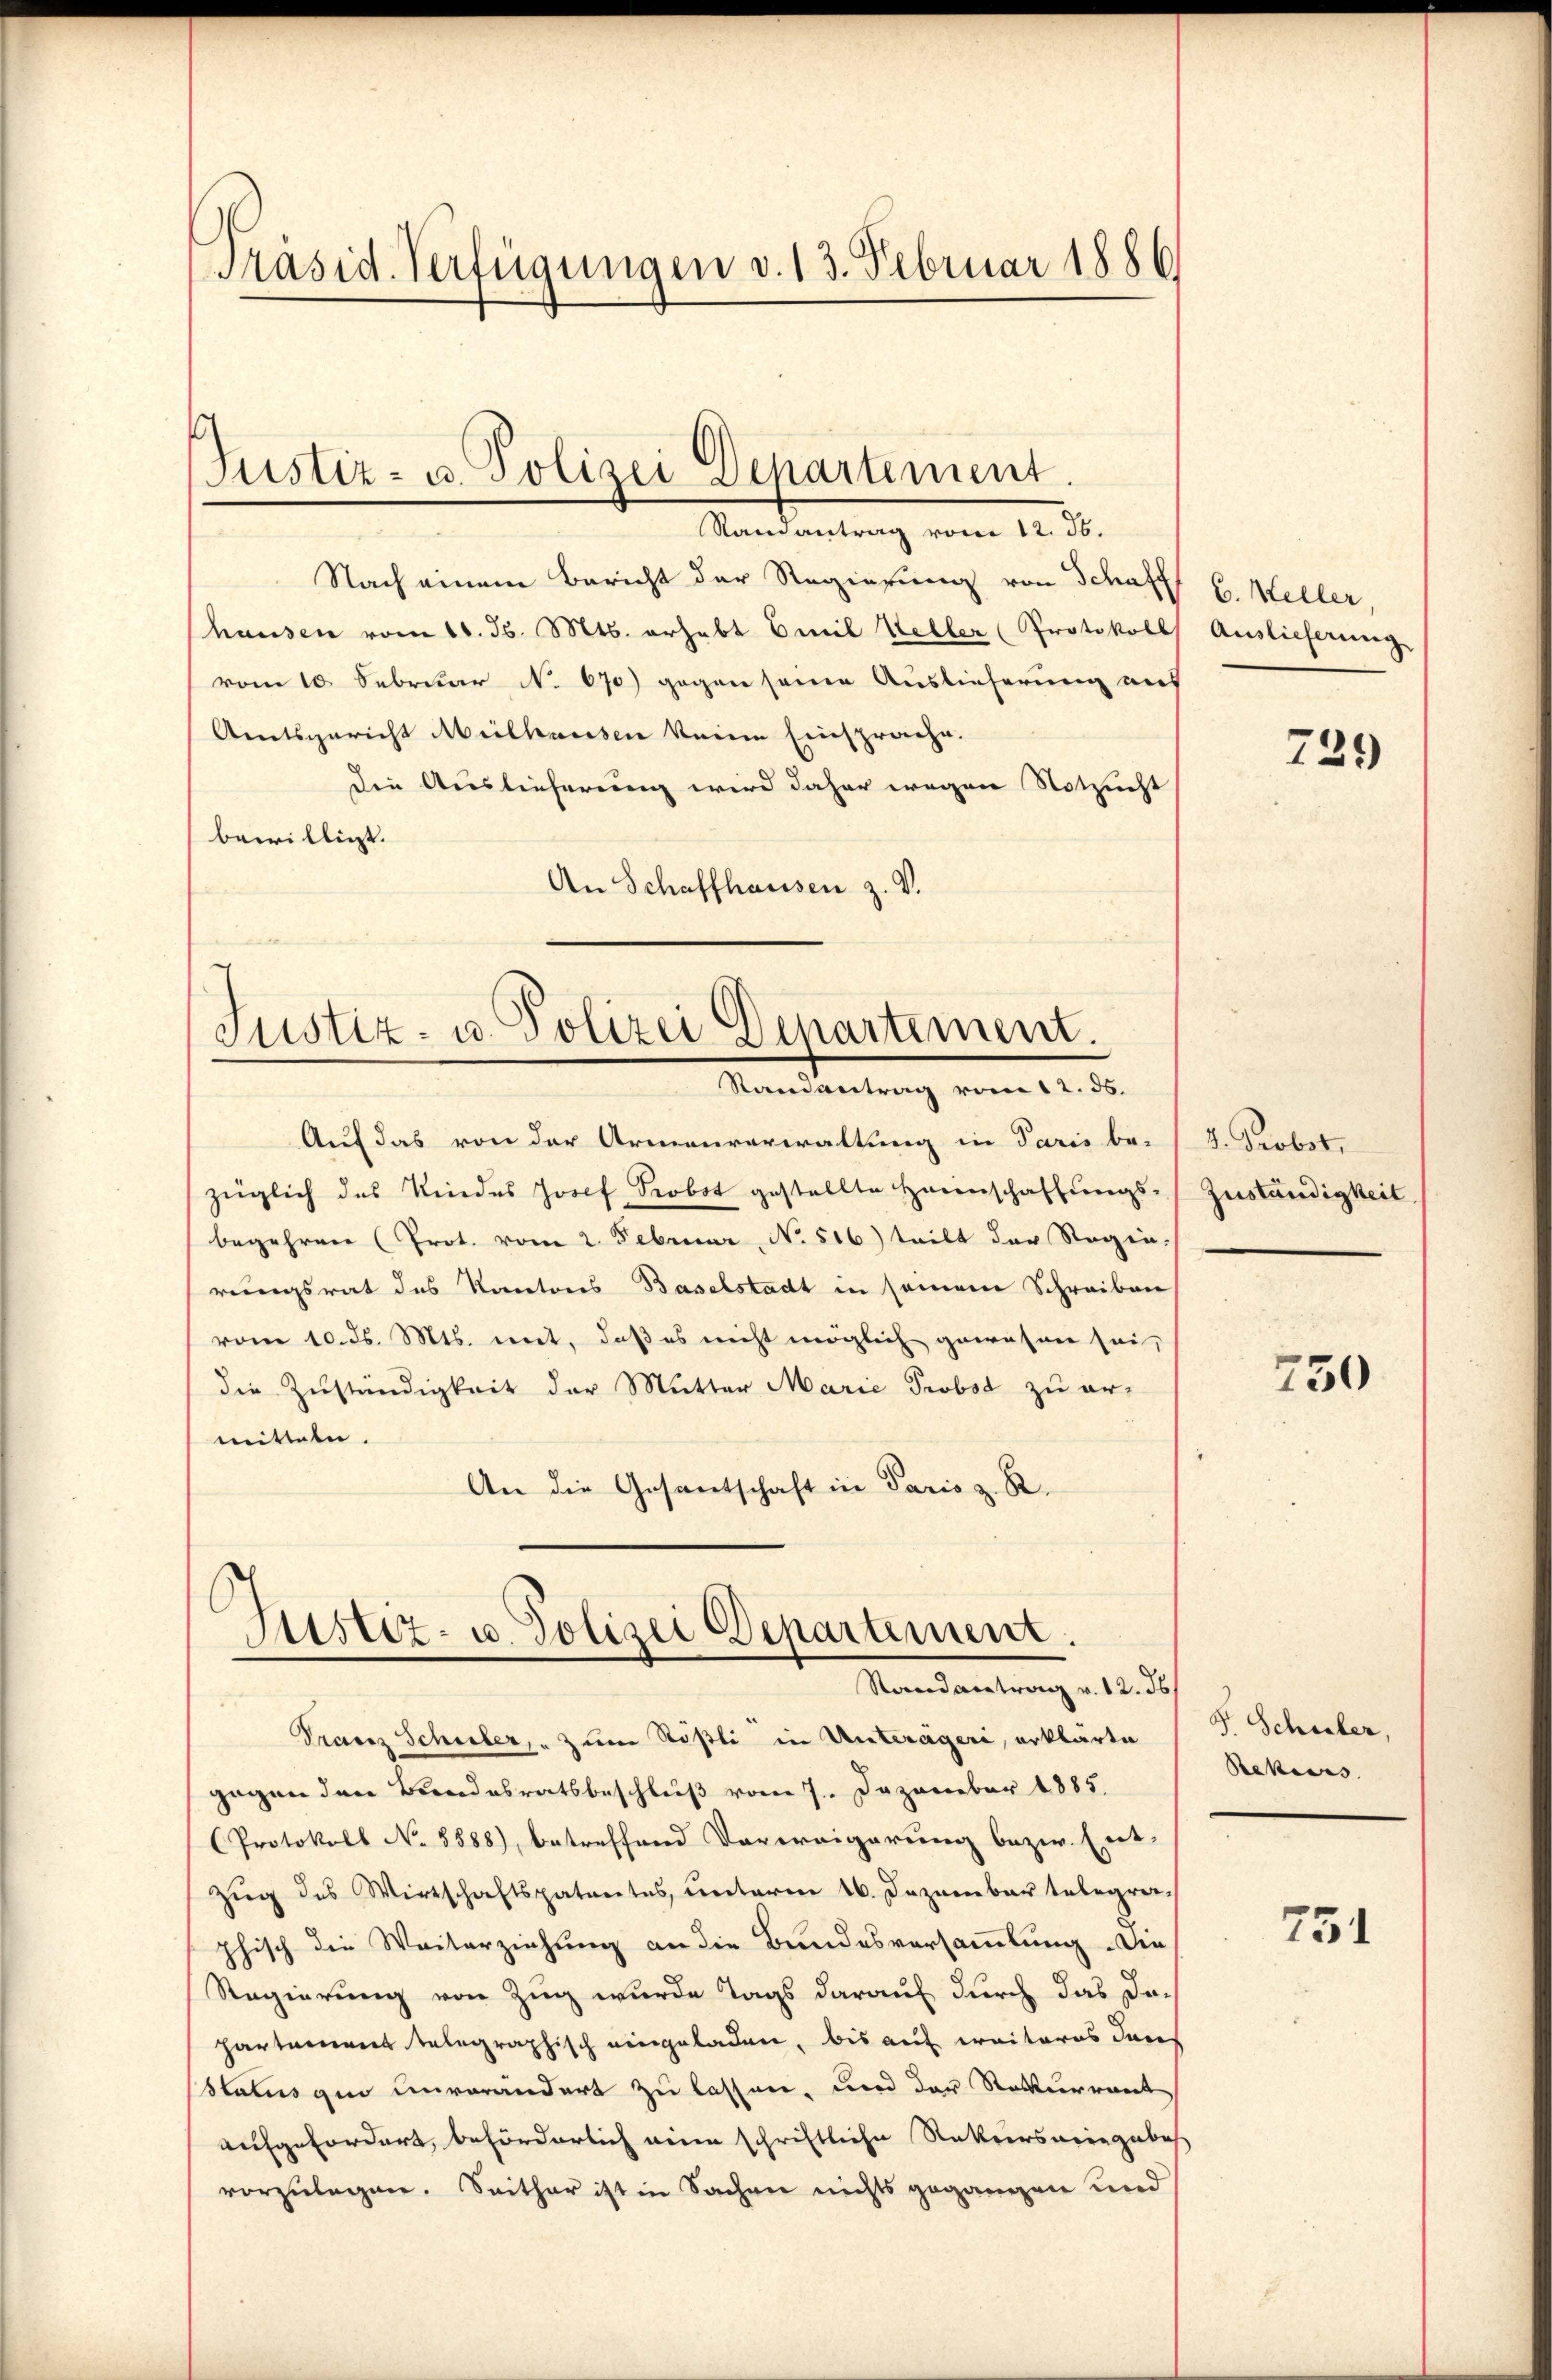
Präsid. Verfügungen v. 13. Februar 1886

Justiz- u. Polizei Departement.
Randantrag vom 12. ds.

Nach einem Bericht der Regierung von Schaft H. Heller,
hausen vom 11. Js. Mts. erhebt Emil Keller Protokoll Auslieferung
(vom 10. Februar No. 670) gegen seine Auslieferung aus
Amtsgericht Meilhausen keine Einsprache.
Die Auslieferung wird daher wegen Notzucht
bewilligt.
An Schaffhausen z. V.

Justiz- u. Polizei Departement.
Mandantung vom 12. d.

Auf das von der Armenverwaltung in Paris be-
züglich des Kindes Josef Probst gestellte Haunschaffungs-Zuständigkeit
begehren (Prot. vom 2. Februar, No. 516) teilt der Regin-
rungsrat des Kantons Baselstadt in seinem Schreiben,
vom 10. ds. Mts. mit, daß es nicht möglich gewesen sei,
die Zuständigkeit der Mutter Marie Probst zu ermitteln.
An die Gesantschaft in Paris z. B.

Justiz- u. Polizei Departement.
Randantrag v. 12. J

Franz Schuler, " zum Rößli in Unterägeri, erklärte
gegen den Bandesratsbeschluß vom 7. Dezember 1885.
Protokoll No 8888), betreffend Verweigerung bezw. Ent-
Zug des Wirtschaftspatentes, unterm 16. Dezember telegraphisch die Weiterziehung an die Bundesversammlung. Die
Regierung von Zug wurde Tags darauf durch das Dopartament telegraphisch eingeladen, bis auf weiteres darf
sstatus quo unverändert zu lassen, und der Rekurrent
aufgefordert, beförderlich eine schriftliche Rekurseeingabe
vorzulegen. Seither ist in Sachen nichts gegangen und

729

I. Probst,

750

F. Schuler,
Bekiers.

751